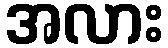
အလား